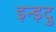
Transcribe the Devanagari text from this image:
इन्ड़दु